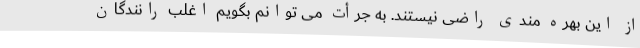
از این بهره مندی راضی نیستند. به جرأت می توانم بگویم اغلب رانندگان